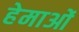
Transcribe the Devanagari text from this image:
हेमाओं